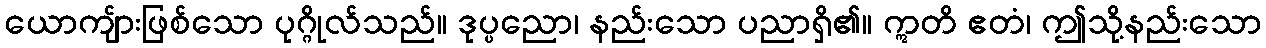
ယောကျ်ားဖြစ်သော ပုဂ္ဂိုလ်သည်။ ဒုပ္ပညော၊ နည်းသော ပညာရှိ၏။ ဣတိ ဧတံ၊ ဤသို့နည်းသော